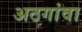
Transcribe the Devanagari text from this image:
अठगांवा